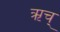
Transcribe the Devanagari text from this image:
ऋच्‌